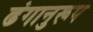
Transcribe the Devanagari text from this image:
ढंगानुरूप